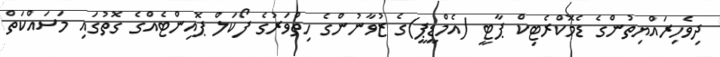
ދިވެހިރައްޔިތުންގެ ޑެމޮކްރެޓިކް ޕާޓީ (އެމްޑީޕީ)ގެ ޒުވާނުންގެ ހިތްވަރުގެ ފޯކަލް ޕޮއިންޓެއްގެ ގޮތުގައި މަސައްކަތް